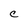
Character: C